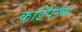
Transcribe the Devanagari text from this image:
काडेपेट्या